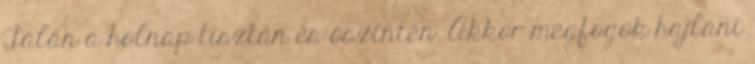
Talán a holnap tisztán és őszintén. Akkor megfogok hajlani